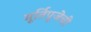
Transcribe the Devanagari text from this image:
मूर्तिपूजेची